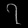
Digit: ၇